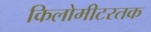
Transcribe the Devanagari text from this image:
किलोमीटरतक